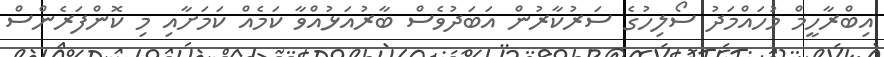
އިބްރާހީމް މުހައްމަދު ސޯލިހުގެ ސަރުކާރުން އަބަދުވެސް ބާރުއަޅުއްވާ ކަމެއް ކަމަށާއި މި ކޮންފަރެންސް